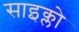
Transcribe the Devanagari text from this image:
साइक्लो